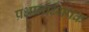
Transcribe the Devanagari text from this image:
प्रधानाध्यपक